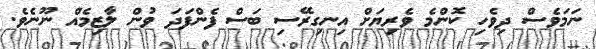
ނަމަވެސް ދިވެހި ކޮންމެ ވެރިޔަށް އިނގިރޭސި ބަސް ފެންފަދަ ވުން ލާޒިމެއް ނޫނެވެ.